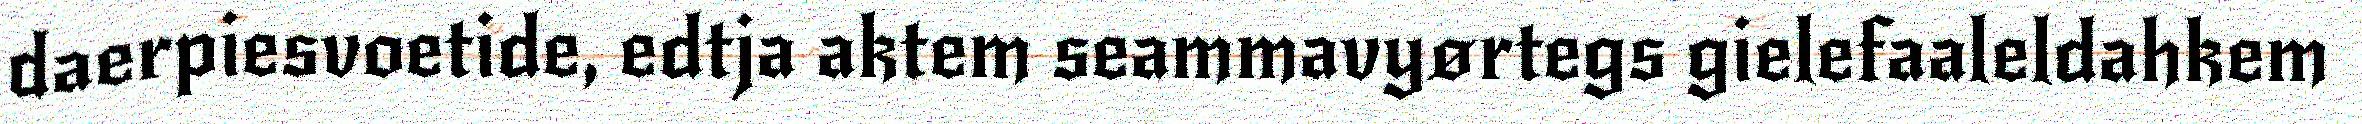
daerpiesvoetide, edtja aktem seammavyørtegs gielefaaleldahkem